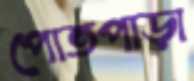
পোতপাড়া